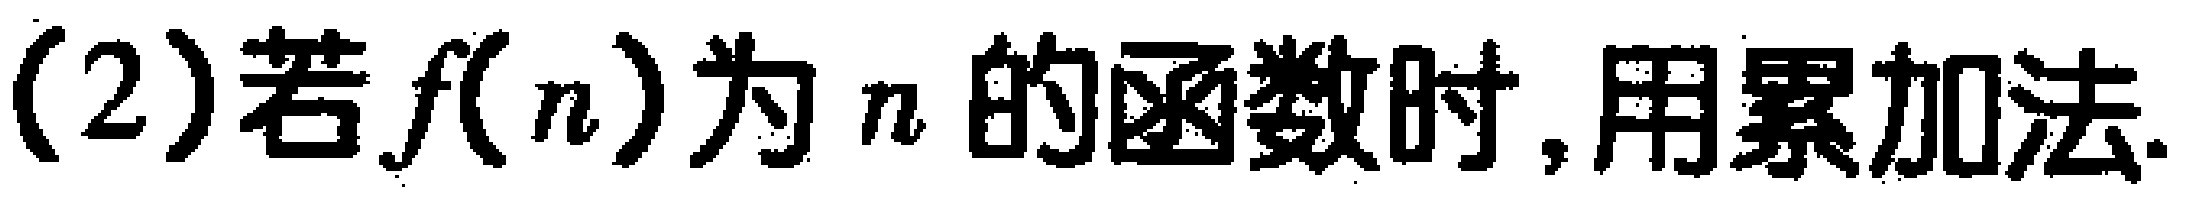
(2)若\(f(n)\)为\(n\)的函数时,用累加法.